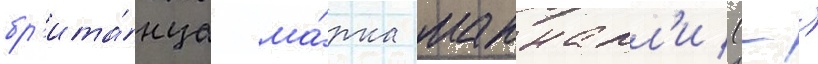
бр'ита́нца ма́рка макналл'и (-)